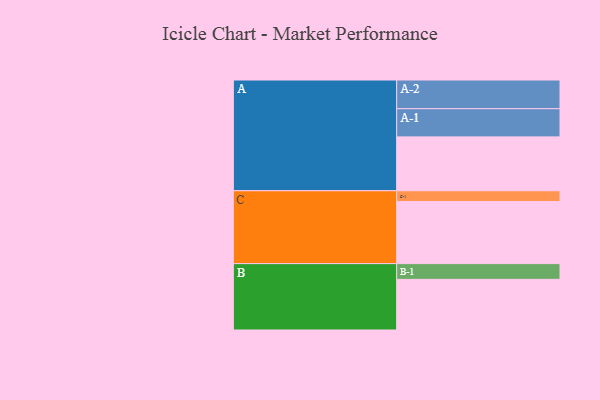
{"axis": {"x": "Segment", "y": "Value"}, "legend": ["", "A", "B", "C"], "data": [{"x": "A", "y": 499, "type": ""}, {"x": "B", "y": 469, "type": ""}, {"x": "C", "y": 575, "type": ""}, {"x": "A-1", "y": 261, "type": "A"}, {"x": "A-2", "y": 266, "type": "A"}, {"x": "B-1", "y": 146, "type": "B"}, {"x": "C-1", "y": 100, "type": "C"}]}